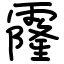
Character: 霳